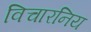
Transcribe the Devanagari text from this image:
विचारनिय